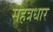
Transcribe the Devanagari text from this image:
सहत्रधार